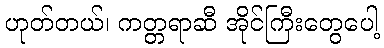
ဟုတ်တယ်၊ ကတ္တရာဆီ အိုင်ကြီးတွေပေါ့